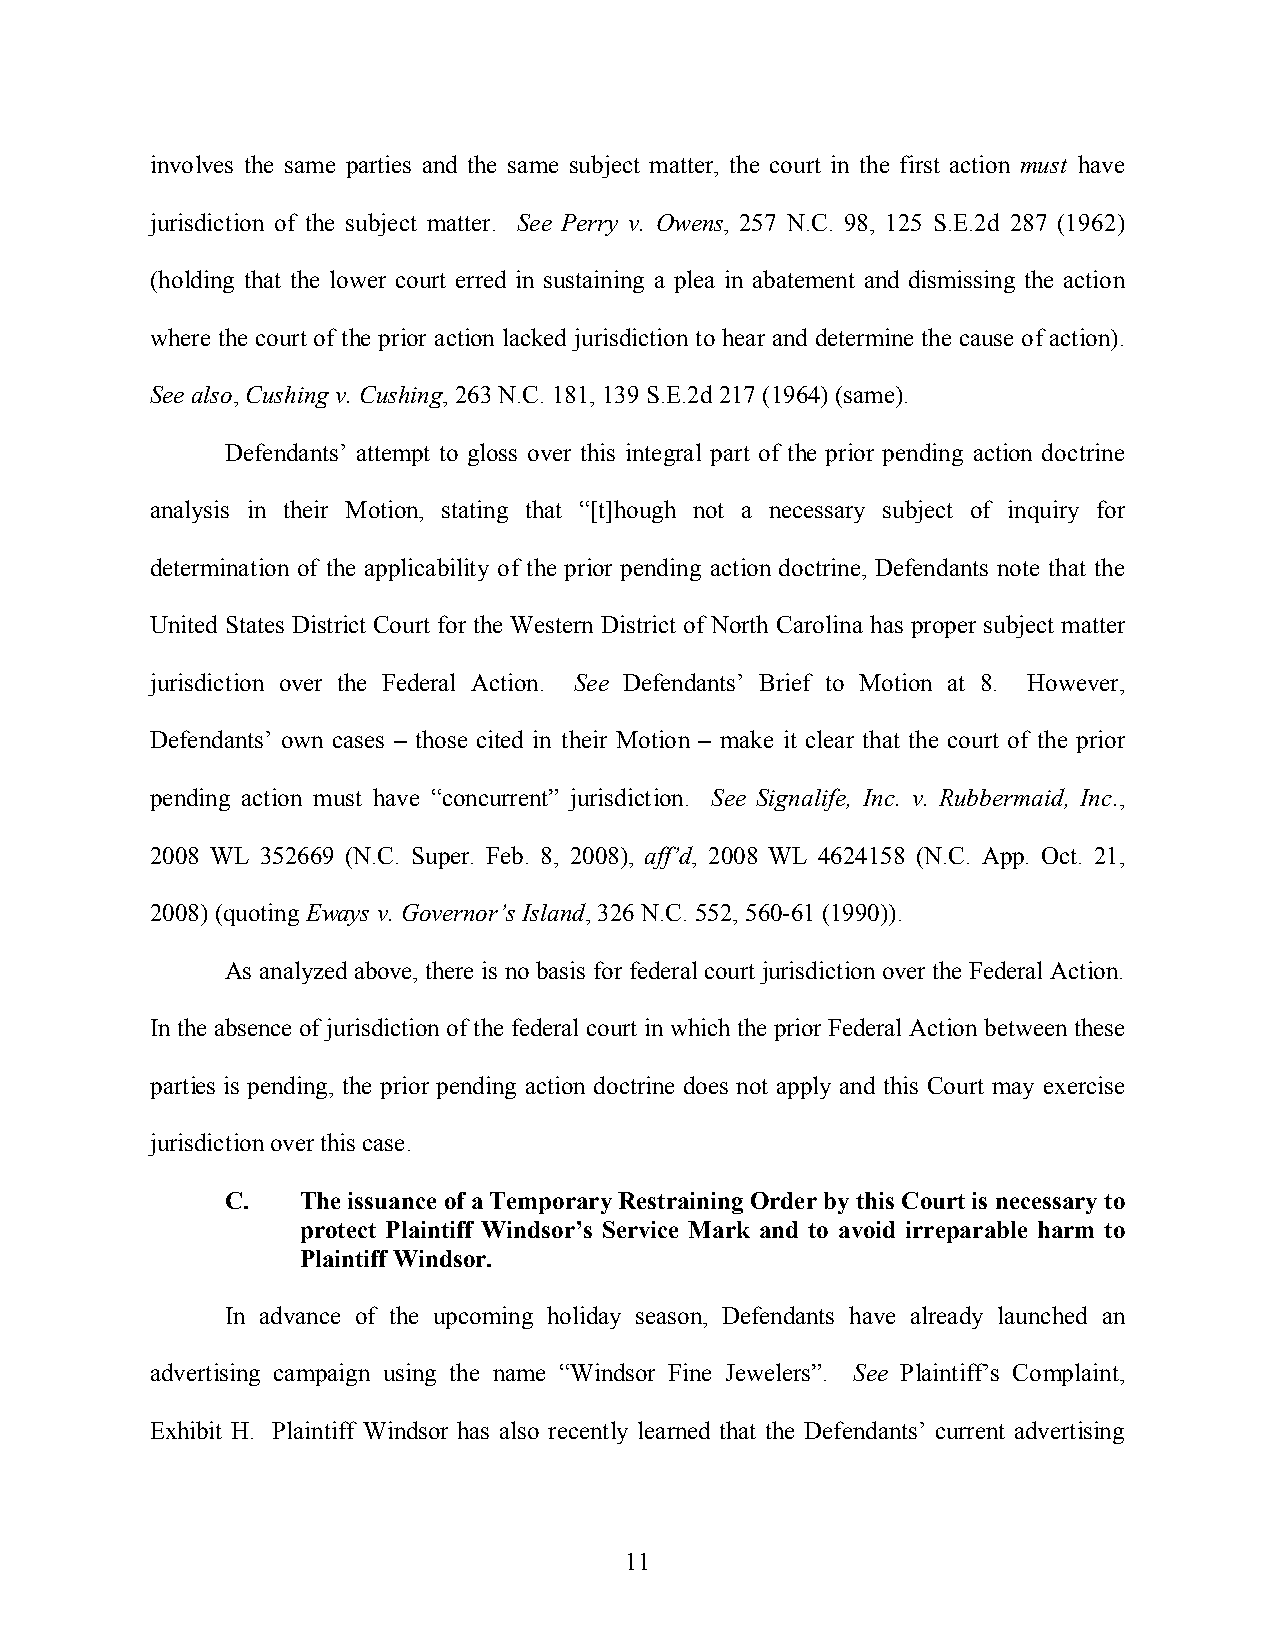
involves the same parties and the same subject matter, the court in the first action must have
 jurisdiction of the subject matter. See Perry v. Owens, 257 N.C. 98, 125 S.E.2d 287 (1962)
 (holding that the lower court erred in sustaining a plea in abatement and dismissing the action
 where the court ofthe prior action lacked jurisdiction to hear and determine the cause of action).
 See also, Cushing v. Cushing, 263 N.C. 181, 139 S.E.2d 217 (1964) (same).
 Defendants’ attempt to gloss over this integral part of the prior pending action doctrine
 analysis in their Motion, stating that “[t]hough not a necessary subject of inquiry for
 determination of the applicability of the prior pending action doctrine, Defendants note that the
 United States District Court for the Western District of North Carolina has proper subject matter
 jurisdiction over the Federal Action. See Defendants’ Brief to Motion at 8. However,
 Defendants’ own cases – those cited in their Motion – make it clear that the court of the prior
 pending action must have “concurrent” jurisdiction. See Signalife, Inc. v. Rubbermaid, Inc.,
 2008 WL 352669 (N.C. Super. Feb. 8, 2008), aff’d, 2008 WL 4624158 (N.C. App. Oct. 21,
 2008) (quoting Eways v. Governor’s Island, 326 N.C. 552, 560-61 (1990)).
 As analyzed above, there is no basis for federal court jurisdiction over the Federal Action.
 In the absence of jurisdiction of the federal court in which the prior Federal Action between these
 parties is pending, the prior pending action doctrine does not apply and this Court may exercise
 jurisdictionover this case.
 C.   The issuance of a Temporary Restraining Order by this Court is necessary to
 protect Plaintiff Windsor’s Service Mark and to avoid irreparable harm to
 Plaintiff Windsor.
 In advance of the upcoming holiday season, Defendants have already launched an
 advertising campaign using the name “Windsor Fine Jewelers”. See Plaintiff’s Complaint,
 Exhibit H. Plaintiff Windsor has also recently learned that the Defendants’ current advertising
 11